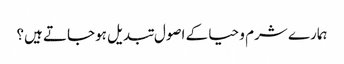
ہمارے شرم و حیا کے اصول تبدیل ہوجاتے ہیں؟